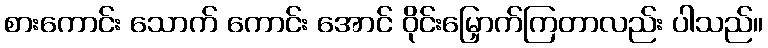
စားကောင်း သောက် ကောင်း အောင် ဝိုင်းမြှောက်ကြတာလည်း ပါသည်။